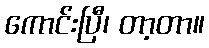
ကောင်းပြီ၊ တာ့တာ။